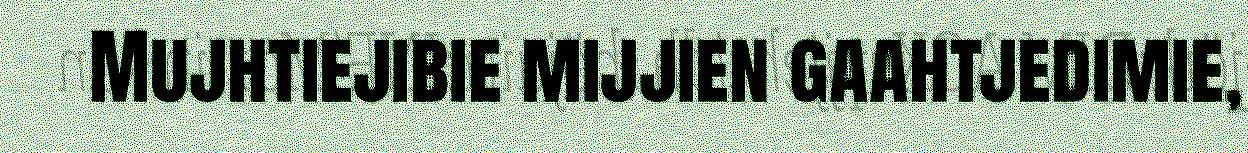
Mujhtiejibie mijjien gaahtjedimie,